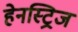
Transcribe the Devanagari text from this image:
हेनस्ट्रिज